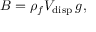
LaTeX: B = \rho _ { f } V _ { \mathrm { d i s p } } \, g ,